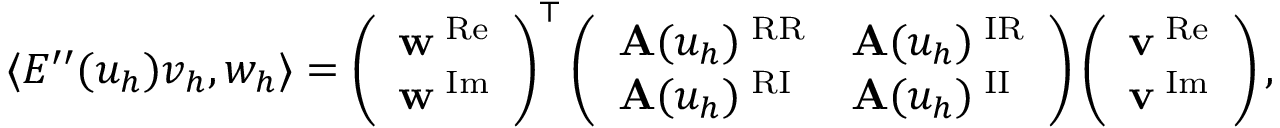
\begin{array} { r } { \langle E ^ { \prime \prime } ( u _ { h } ) v _ { h } , w _ { h } \rangle = \left( \begin{array} { l } { \mathbf { w } ^ { \mathrm { \tiny \mathrm { ~ R e } } } } \\ { \mathbf { w } ^ { \mathrm { \tiny \mathrm { ~ I m } } } } \end{array} \right) ^ { \top } \left( \begin{array} { l l } { \mathbf { A } ( u _ { h } ) ^ { \mathrm { \tiny \mathrm { ~ R R } } } } & { \mathbf { A } ( u _ { h } ) ^ { \mathrm { \tiny \mathrm { ~ I R } } } } \\ { \mathbf { A } ( u _ { h } ) ^ { \mathrm { \tiny \mathrm { ~ R I } } } } & { \mathbf { A } ( u _ { h } ) ^ { \mathrm { \tiny \mathrm { ~ I I } } } } \end{array} \right) \left( \begin{array} { l } { \mathbf { v } ^ { \mathrm { \tiny \mathrm { ~ R e } } } } \\ { \mathbf { v } ^ { \mathrm { \tiny \mathrm { ~ I m } } } } \end{array} \right) , } \end{array}